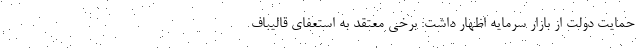
حمایت دولت از بازار سرمایه اظهار داشت: برخی معتقد به استعفای قالیباف